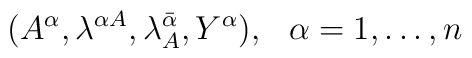
(A^{\alpha}, \lambda^{\alpha A}, \lambda^{\bar\alpha}_A, Y^{\alpha}),\hskip 0.3cm \alpha =1,\ldots , n